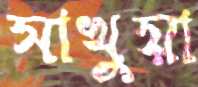
সাখুয়া